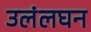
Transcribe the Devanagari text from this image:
उलंलघन